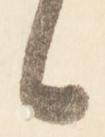
日